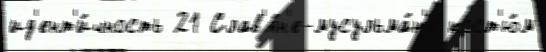
ид'ент'и́чность 21 Слав'я́н'е-мусульма́н'е кост'ю́м